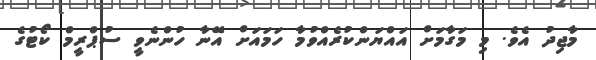
މާޖިދު އެވެ. މި މަގާމަށް އައްޔަންކުރެއްވުމާ ހަމައަށް އޭނާ ހުންނެވީ ސުޕްރީމް ކޯޓުގެ